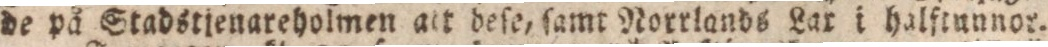
de på Stadstienareholmen abr dese, samt Norrlands Lax i halftunnor.